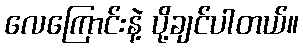
လေကြောင်းနဲ့ ပို့ချင်ပါတယ်။